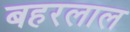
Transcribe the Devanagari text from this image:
बहरलाल